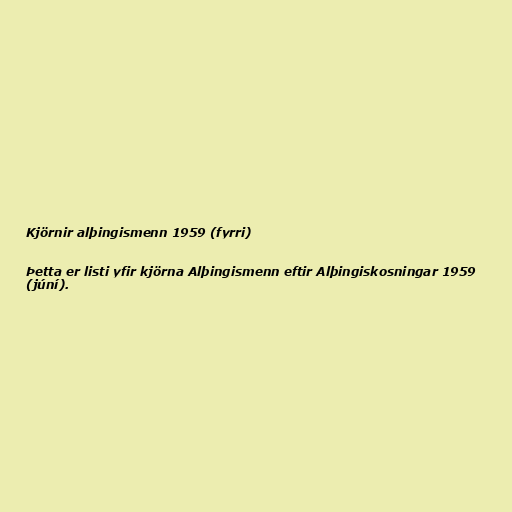
Kjörnir alþingismenn 1959 (fyrri)

Þetta er listi yfir kjörna Alþingismenn eftir Alþingiskosningar 1959
(júní).